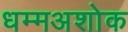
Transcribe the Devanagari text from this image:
धम्मअशोक